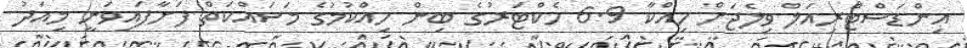
އިންޑަސްޓްރިއަލް ވިލެޖަށް ހިއްކާ 6.9 ހެކްޓަރުގެ ބިން ހިއްކުމުގެ މަސައްކަތް ފަށާފައިވަނީ މިއަދު